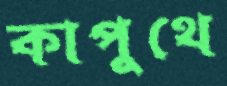
কাপুথে